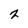
Character: 2